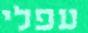
עפלי